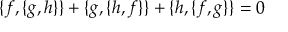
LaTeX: \ \{ f , \{ g , h \} \} + \{ g , \{ h , f \} \} + \{ h , \{ f , g \} \} = 0